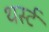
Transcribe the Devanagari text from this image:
थर्स्ट